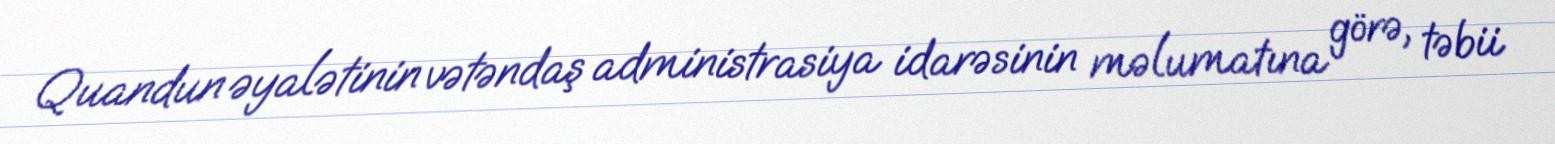
Quandun əyalətinin vətəndaş administrasiya idarəsinin məlumatına görə, təbii